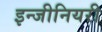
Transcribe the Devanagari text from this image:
इन्जीनियरी